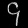
Digit: ၄